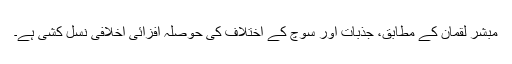
مبشر لقمان کے مطابق، جذبات اور سوچ کے اختلاف کی حوصلہ افزائی اخلافی نسل کشی ہے۔